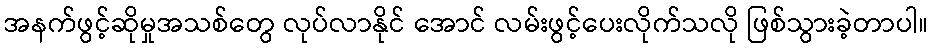
အနက်ဖွင့်ဆိုမှုအသစ်တွေ လုပ်လာနိုင် အောင် လမ်းဖွင့်ပေးလိုက်သလို ဖြစ်သွားခဲ့တာပါ။